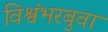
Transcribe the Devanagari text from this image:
विश्वंभरबुवा